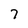
Character: 7